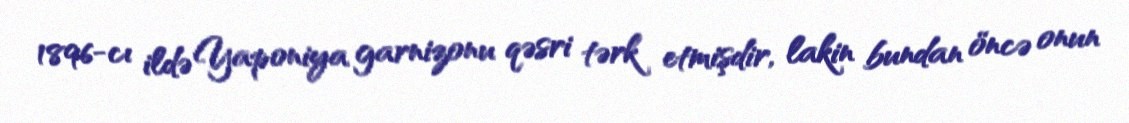
1896-cı ildə Yaponiya garnizonu qəsri tərk etmişdir, lakin bundan öncə onun